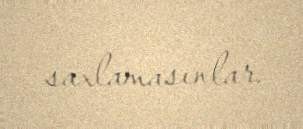
saxlamasınlar.